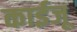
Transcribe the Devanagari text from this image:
काईजू